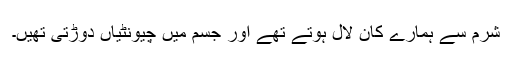
شرم سے ہمارے کان لال ہوتے تھے اور جسم میں چیونٹیاں دوڑتی تھیں۔